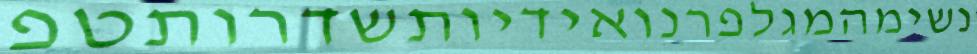
נשימהמגלפרנואידיותשדרותטפ